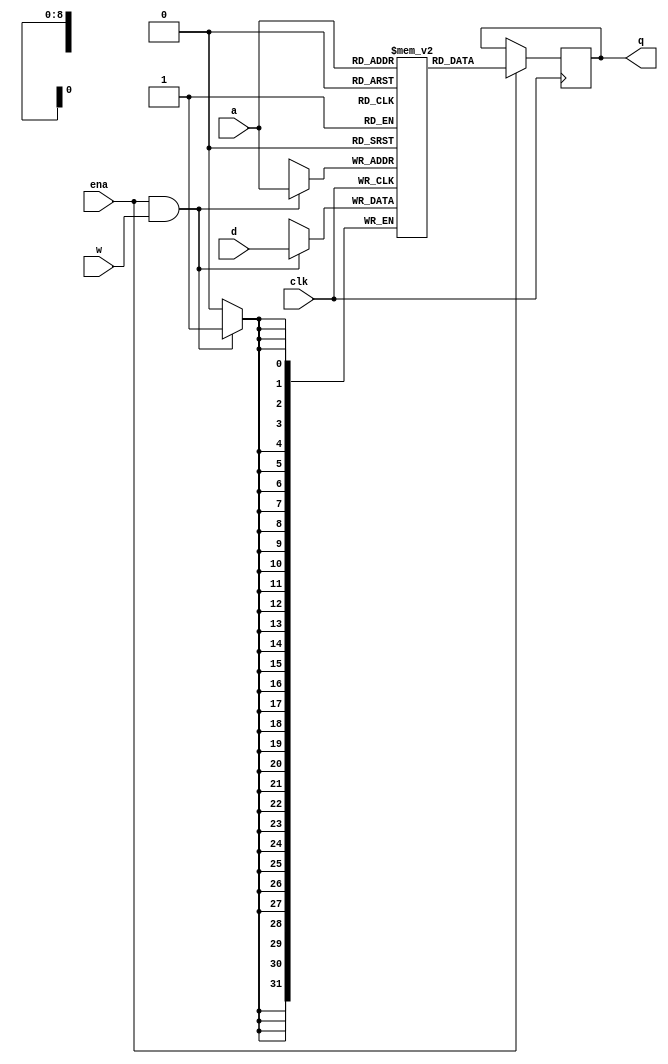
module              cog_ram_2
(
input               clk,
input               ena,
input               w,
input        [8:0]  a,
input       [31:0]  d,
output reg  [31:0]  q
);
reg         [31:0]  r [511:0];
always @(posedge clk)
begin
    if (ena && w)
        r[a] <= d;
    if (ena)
        q <= r[a];
end
endmodule